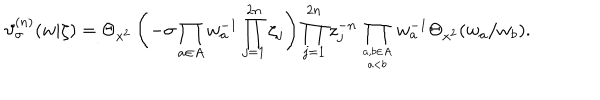
LaTeX: \vartheta _ { \sigma } ^ { ( n ) } ( w | \zeta ) = \Theta _ { x ^ { 2 } } \left( - \sigma \prod _ { a \in A } w _ { a } ^ { - 1 } \prod _ { j = 1 } ^ { 2 n } \zeta _ { j } \right) \prod _ { j = 1 } ^ { 2 n } z _ { j } ^ { - n } \prod _ { a , b \in A \atop a < b } w _ { a } ^ { - 1 } \Theta _ { x ^ { 2 } } ( w _ { a } / w _ { b } ) .